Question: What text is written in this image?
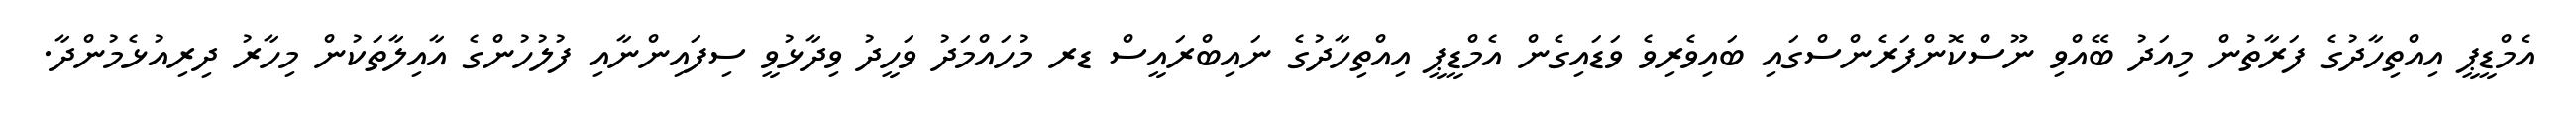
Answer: އެމްޑީޕީ އިއްތިހާދުގެ ފަރާތުން މިއަދު ބޭއްވި ނޫސްކޮންފަރެންސްގައި ބައިވެރިވެ ވަޑައިގެން އެމްޑީޕީ އިއްތިހާދުގެ ނައިބްރައީސް ޑރ މުހައްމަދު ވަހީދު ވިދާޅުވީ ސިފައިންނާއި ފުލުހުންގެ އާއިލާތަކުން މިހާރު ދިރިއުޅެމުންދާ.